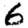
Digit: 6